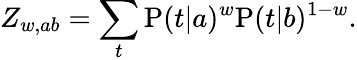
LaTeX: Z_{w,ab}=\sum_{t}\mathrm{P}(t|a)^{w}\mathrm{P}(t|b)^{1-w}.